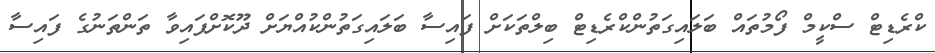
ކްރެޑިޓް ސްކީމް ފޯމުތައް ބަލައިގަތުންކްރެޑިޓް ބިލްތަކަށް ފައިސާ ބަލައިގަތުންކުއްޔަށް ދޫކޮށްފައިވާ ތަންތަނުގެ ފައިސާ